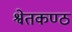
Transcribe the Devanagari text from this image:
श्वेतकण्ठ